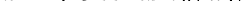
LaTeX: \smash{a=\sqrt{3}\mathrm{\ textsl{v}}_{a}/\omega_{E}}